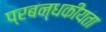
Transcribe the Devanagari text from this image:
प्रबन्धकीयता